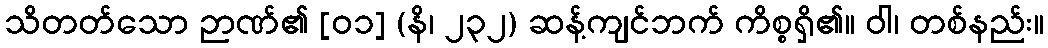
သိတတ်သော ဉာဏ်၏ [၀၁] (နိ၊ ၂၃၂) ဆန့်ကျင်ဘက် ကိစ္စရှိ၏။ ဝါ၊ တစ်နည်း။